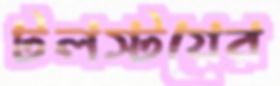
টলস্টয়ের